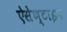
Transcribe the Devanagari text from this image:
ऐसेण्टाइन